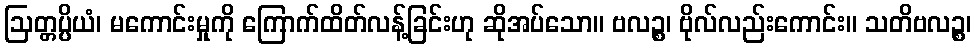
ဩတ္တပ္ပိယံ၊ မကောင်းမှုကို ကြောက်ထိတ်လန့်ခြင်းဟု ဆိုအပ်သော။ ဗလဉ္စ၊ ဗိုလ်လည်းကောင်း။ သတိဗလဉ္စ၊